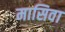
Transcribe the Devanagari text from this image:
मासिवा